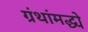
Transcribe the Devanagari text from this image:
ग्रंथांमद्ध्ये